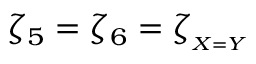
\zeta _ { 5 } = \zeta _ { 6 } = \zeta _ { _ { X = Y } }